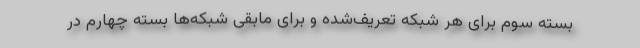
بسته سوم برای هر شبکه تعریف‌شده و برای مابقی شبکه‌ها بسته چهارم در